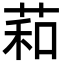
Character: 萂